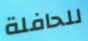
للحافلة